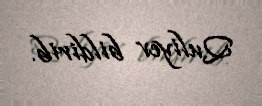
Quliyev bildirib.